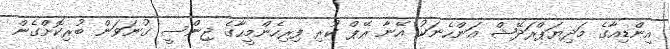
އިންޑިއާގެ މަދިޔަޕްރަދޭޝް އަންހެނަކު އޭނާ ރޭޕް ކުރި ފިރިހެންމީހާގެ ޖިންސީ ގުނަވަން ބުރިކޮށްގެން